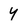
Character: y